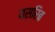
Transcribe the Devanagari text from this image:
यसरिब